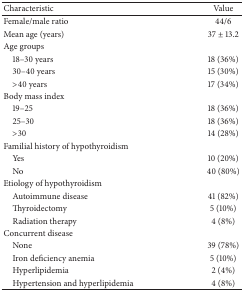
| Characteristic | Value |
 | --- | --- |
 | Female/male ratio | 44/6 |
 | Mean age (years) | 37 ± 13.2 |
 | Age groups |  |
 | 18–30 years | 18 (36%) |
 | 30–40 years | 15 (30%) |
 | >40 years | 17 (34%) |
 | Body mass index |  |
 | 19–25 | 18 (36%) |
 | 25–30 | 18 (36%) |
 | >30 | 14 (28%) |
 | Familial history of hypothyroidism |  |
 | Yes | 10 (20%) |
 | No | 40 (80%) |
 | Etiology of hypothyroidism |  |
 | Autoimmune disease | 41 (82%) |
 | Thyroidectomy | 5 (10%) |
 | Radiation therapy | 4 (8%) |
 | Concurrent disease |  |
 | None | 39 (78%) |
 | Iron deficiency anemia | 5 (10%) |
 | Hyperlipidemia | 2 (4%) |
 | Hypertension and hyperlipidemia | 4 (8%) |